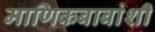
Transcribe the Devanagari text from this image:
माणिकबाबांशी